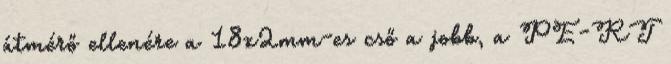
átmérő ellenére a 18x2mm-es cső a jobb, a PE-RT